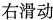
右滑动